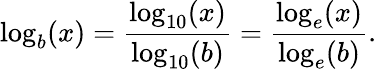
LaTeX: \log_{b}(x)={\frac{\log_{10}(x)}{\log_{10}(b)}}={\frac{\log_{e}(x)}{\log_{e}(b)}}.